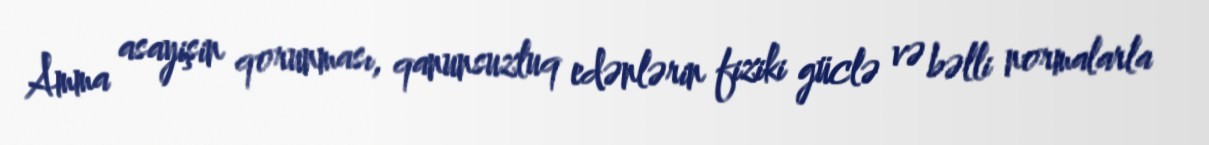
Amma asayişin qorunması, qanunsuzluq edənlərin fiziki güclə və bəlli normalarla